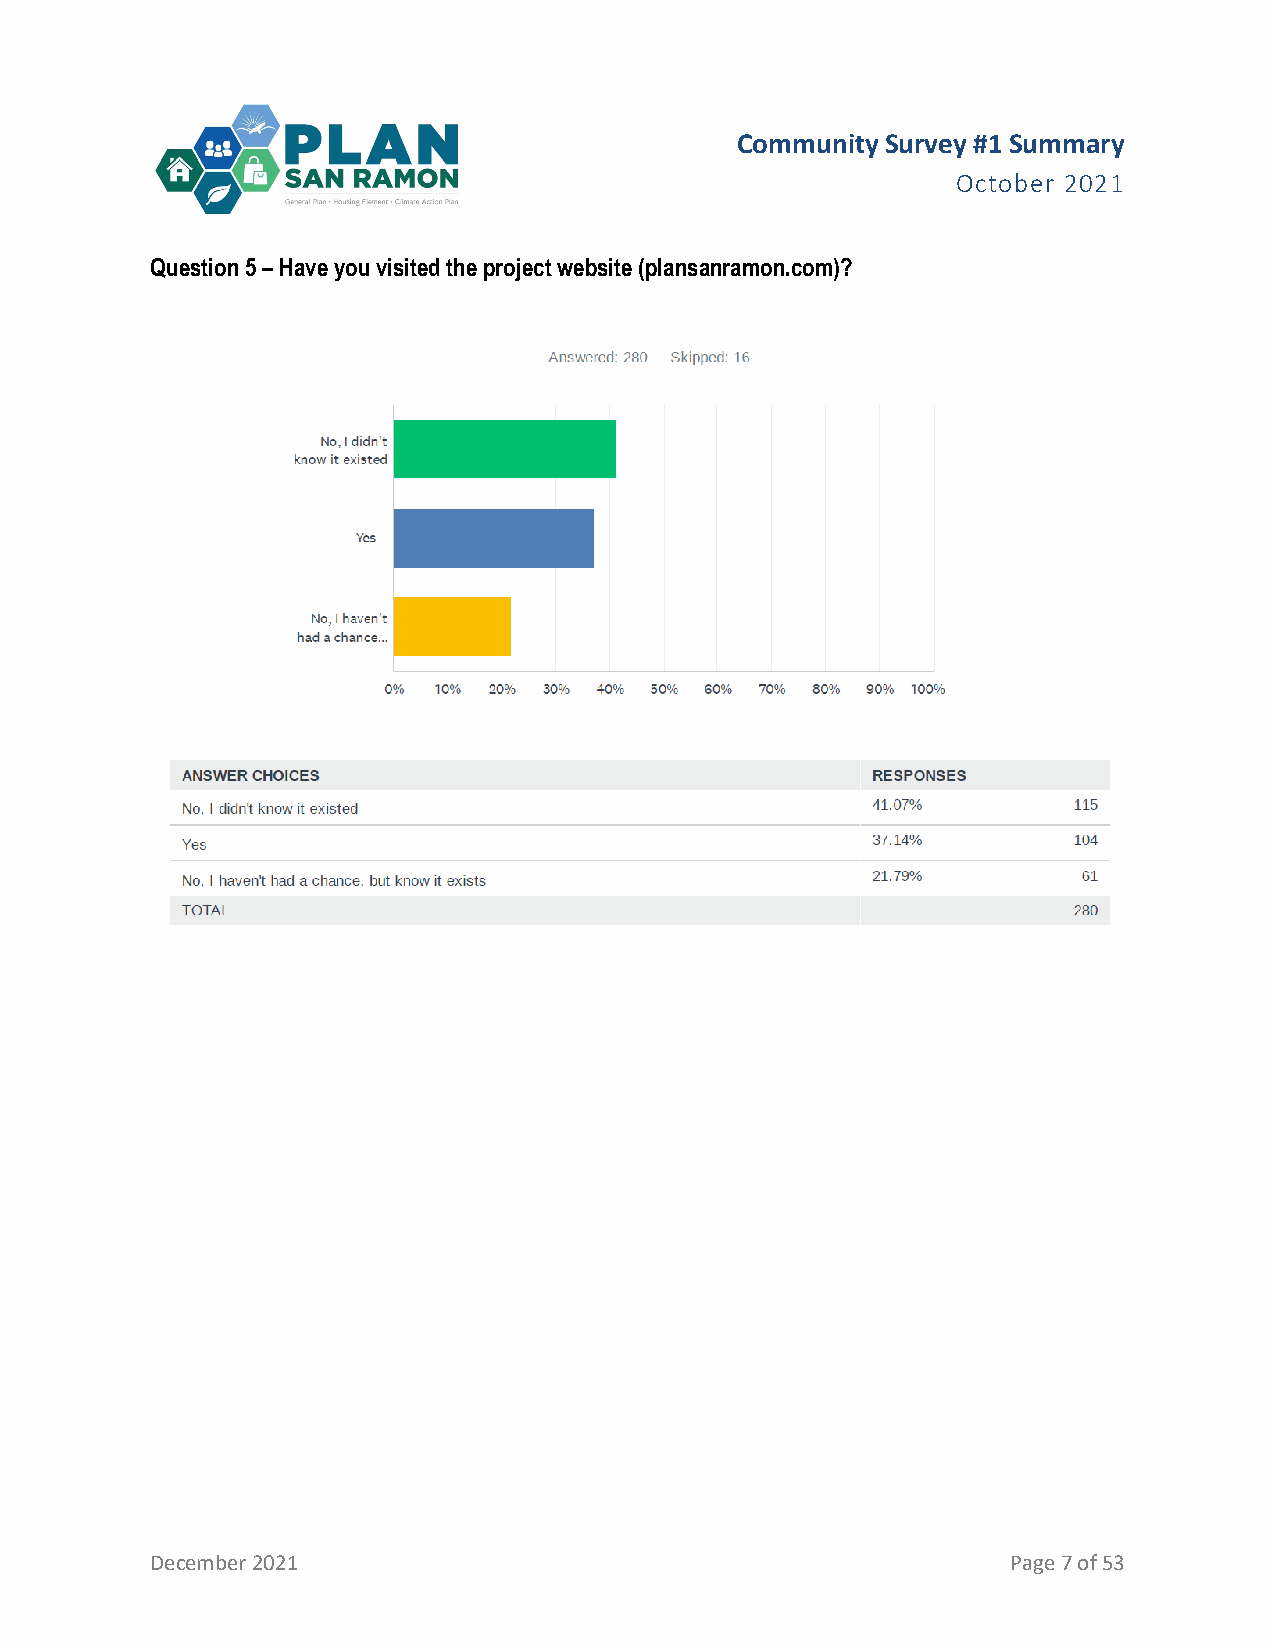
Community Survey #1 Summary
 October 2021
 Question 5 – Have you visited the project website (plansanramon.com)?
 December 2021                                            Page 7 of 53